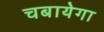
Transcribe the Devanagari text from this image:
चबायेगा